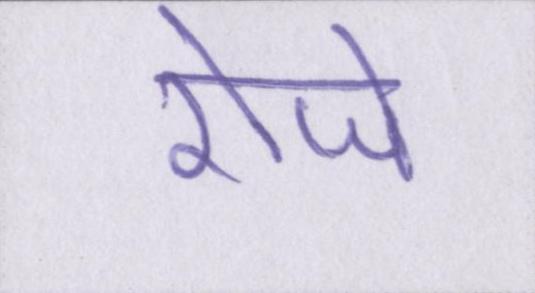
रोजे